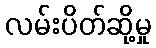
လမ်းပိတ်ဆို့မှု